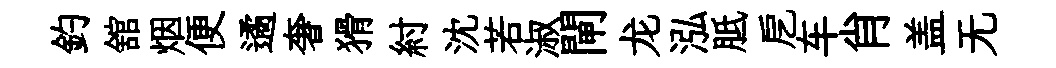
釣舘烟便遹奢猾紂沈若淑閘龙泓胝戹车肖盖无